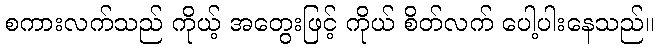
စကားလက်သည် ကိုယ့် အတွေးဖြင့် ကိုယ် စိတ်လက် ပေါ့ပါးနေသည်။